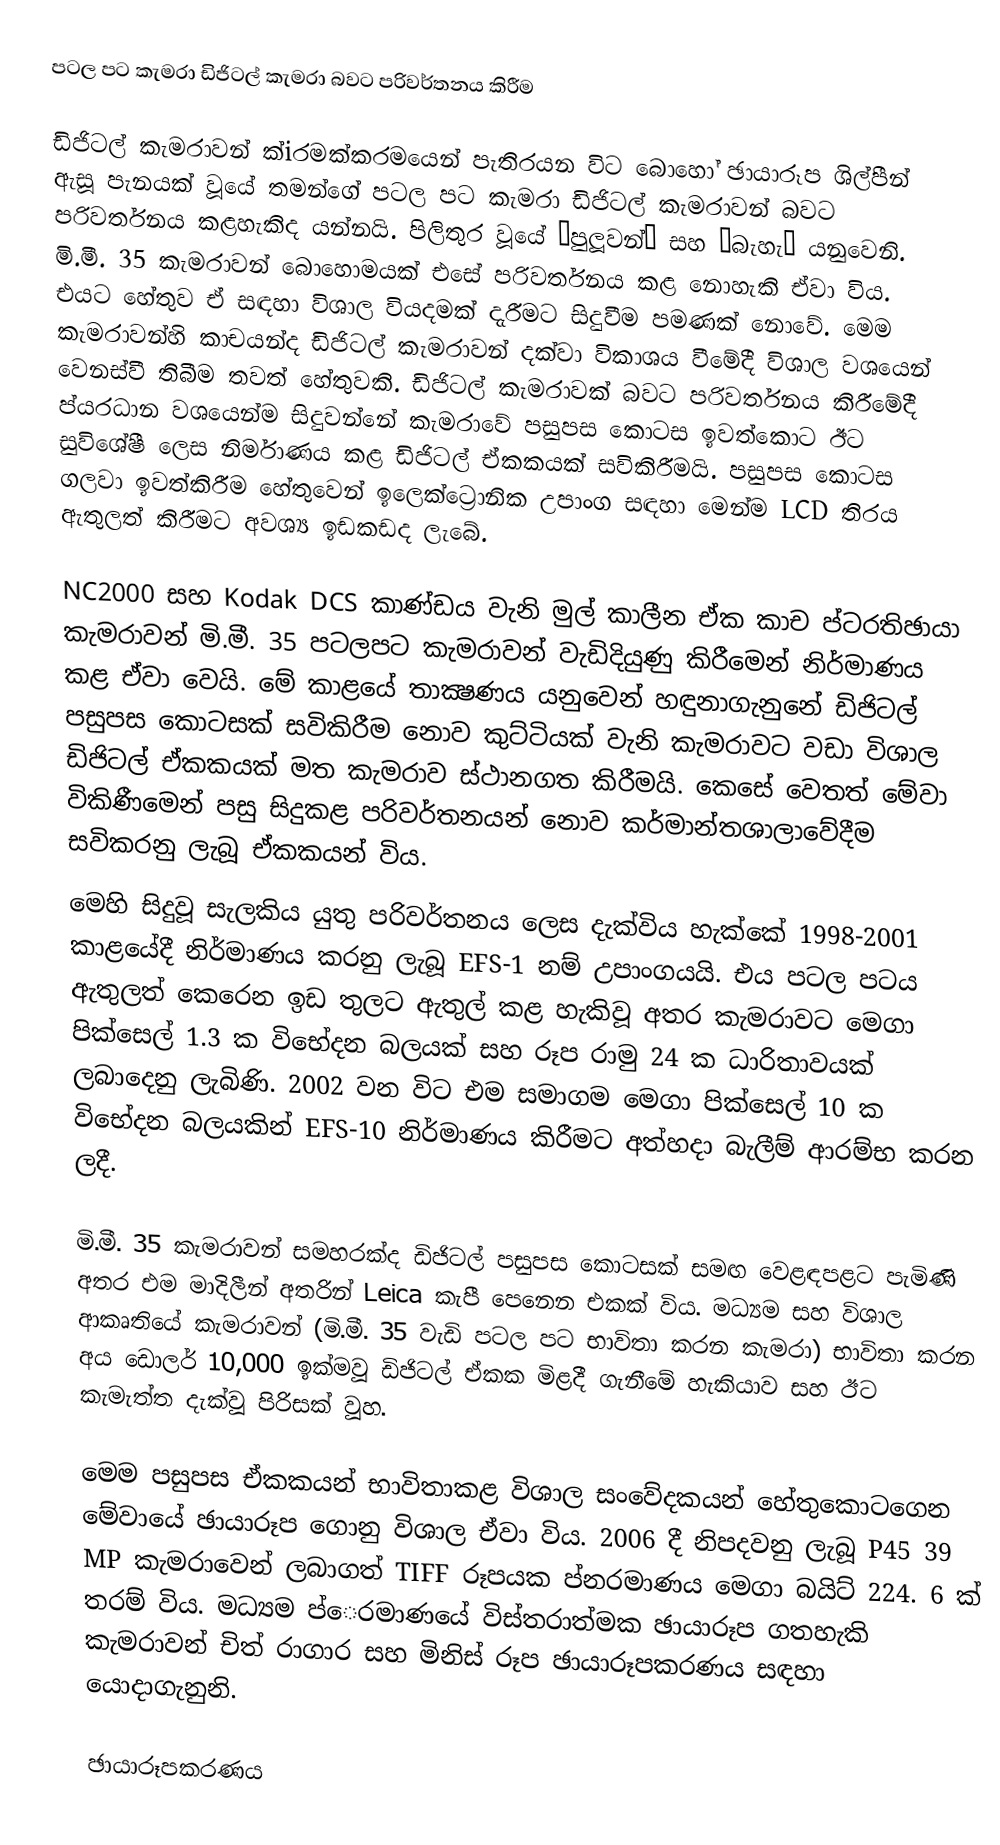
පටල පට කැමරා ඩිජිටල් කැමරා බවට පරිවර්තනය කිරීම

ඩිජිටල් කැමරාවන් ක්i‍රමක්ක‍රමයෙන් පැතිරයන විට බොහෝ ඡායාරූප ශිල්පීන් ඇසූ පැනයක් වූයේ තමන්ගේ පටල පට කැමරා ඩිජිටල් කැමරාවන් බවට පරිවර්තනය කළහැකිද යන්නයි. පිලිතුර වූයේ ‘පුලූවන්’ සහ ‘බැහැ’ යනුවෙනි. මි.මී. 35 කැමරාවන් බොහොමයක් එසේ පරිවර්තනය කළ නොහැකි ඒවා විය. එයට හේතුව ඒ සඳහා විශාල වියදමක් දැරීමට සිදුවීම පමණක් නොවේ. මෙම කැමරාවන්හි කාචයන්ද ඩිජිටල් කැමරාවන් දක්වා විකාශය වීමේදී විශාල වශයෙන් වෙනස්වී තිබීම තවත් හේතුවකි. ඩිජිටල් කැමරාවක් බවට පරිවර්තනය කිරීමේදී ප්ය‍රධාන වශයෙන්ම සිදුවන්නේ කැමරාවේ පසුපස කොටස ඉවත්කොට ඊට සුවිශේෂී ලෙස නිර්මාණය කළ ඩිජිටල් ඒකකයක් සවිකිරීමයි. පසුපස කොටස ගලවා ඉවත්කිරීම හේතුවෙන් ඉලෙක්ට්‍රොනික උපාංග සඳහා මෙන්ම LCD තිරය ඇතුලත් කිරීමට අවශ්‍ය ඉඩකඩද ලැබේ.

NC2000 සහ Kodak DCS  කාණ්ඩය වැනි මුල් කාලීන ඒක කාච ප්ට‍රතිඡායා කැමරාවන් මි.මී. 35 පටලපට කැමරාවන් වැඩිදියුණු කිරීමෙන් නිර්මාණය කළ ඒවා වෙයි. මේ කාළයේ තාක්‍ෂණය යනුවෙන් හඳුනාගැනුනේ ඩිජිටල් පසුපස කොටසක් සවිකිරීම නොව කුට්ටියක් වැනි කැමරාවට වඩා විශාල ඩිජිටල් ඒකකයක් මත කැමරාව ස්ථානගත කිරීමයි. කෙසේ වෙතත් මේවා විකිණීමෙන් පසු සිදුකළ පරිවර්තනයන් නොව කර්මාන්තශාලාවේදීම සවිකරනු ලැබූ ඒකකයන් විය.
මෙහි සිදුවූ සැලකිය යුතු පරිවර්තනය ලෙස දැක්විය හැක්කේ 1998-2001 කාළයේදී නිර්මාණය කරනු ලැබූ EFS-1 නම් උපාංගයයි. එය පටල පටය ඇතුලත් කෙරෙන ඉඩ තුලට ඇතුල් කළ හැකිවූ අතර කැමරාවට මෙගා පික්සෙල් 1.3 ක විභේදන බලයක් සහ රූප රාමු 24 ක ධාරිතාවයක් ලබාදෙනු ලැබිණි. 2002 වන විට එම සමාගම මෙගා පික්සෙල් 10 ක විභේදන බලයකින් EFS-10 නිර්මාණය කිරීමට අත්හදා බැලීම් ආරම්භ කරන ලදී.

මි.මී. 35 කැමරාවන් සමහරක්ද ඩිජිටල් පසුපස කොටසක් සමඟ වෙළඳපළට පැමිණි අතර එම මාදිලීන් අතරින් Leica කැපී පෙනෙන එකක් විය. මධ්‍යම සහ විශාල ආකෘතියේ කැමරාවන් (මි.මී. 35 වැඩි පටල පට භාවිතා කරන කැමරා) භාවිතා කරන අය ඩොලර් 10,000 ඉක්මවූ ඩිජිටල් ඒකක මිළදී ගැනීමේ හැකියාව සහ ඊට කැමැත්ත දැක්වූ පිරිසක් වූහ.

මෙම පසුපස ඒකකයන් භාවිතාකළ විශාල සංවේදකයන් හේතුකොටගෙන මේවායේ ඡායාරූප ගොනු විශාල ඒවා විය. 2006 දී නිපදවනු ලැබූ P45 39 MP කැමරාවෙන් ලබාගත් TIFF රූපයක ප්න‍රමාණය මෙගා බයිට් 224. 6 ක් තරම් විය. මධ්‍යම ප්ෙ‍රමාණයේ විස්තරාත්මක ඡායාරූප ගතහැකි කැමරාවන් චිත් ‍රාගාර සහ මිනිස් රූප ඡායාරූපකරණය සඳහා යොදාගැනුනි.

ඡායාරූපකරණය